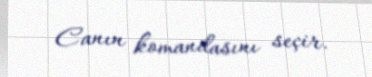
Canın komandasını seçir.